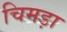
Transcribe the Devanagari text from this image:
चिमड़ा